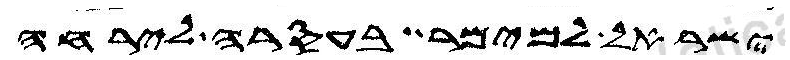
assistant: ישראל למימר בעסרה לירחה